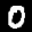
Label: 0